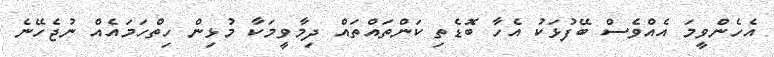
އެހެންވީމަ އެއްވެސް ބޭފުޅަކު އެހާ ބޮޑެތި ކަންތައްތައް ދިމާވީމަކާ މުޅިން ހިތްހަމައެއް ނުޖެހޭނެ